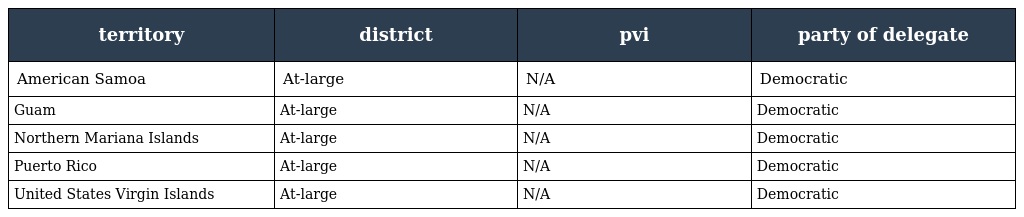
| territory | district | pvi | party of delegate |
 | --- | --- | --- | --- |
 | American Samoa | At-large | N/A | Democratic |
 | Guam | At-large | N/A | Democratic |
 | Northern Mariana Islands | At-large | N/A | Democratic |
 | Puerto Rico | At-large | N/A | Democratic |
 | United States Virgin Islands | At-large | N/A | Democratic |